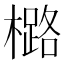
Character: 㯝